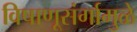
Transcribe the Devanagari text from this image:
विषाणूसंर्गामुळे